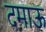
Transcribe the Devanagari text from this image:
दमाऊ